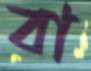
বা